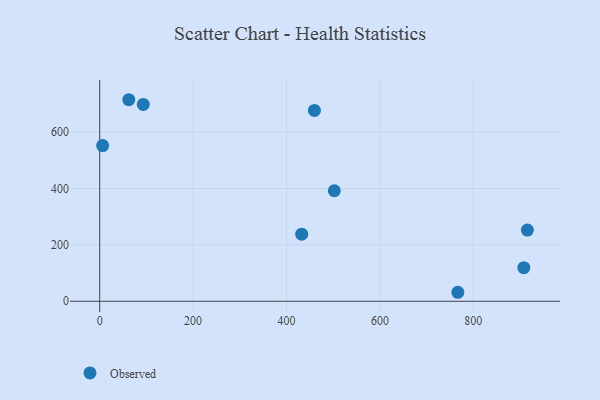
{"axis": {"x": "Investment", "y": "Exam Score"}, "legend": ["Observed"], "data": [{"x": "459.8", "y": 677.2, "type": "Observed"}, {"x": "502.4", "y": 392.1, "type": "Observed"}, {"x": "6.3", "y": 552.2, "type": "Observed"}, {"x": "915.8", "y": 252.5, "type": "Observed"}, {"x": "62.3", "y": 715.0, "type": "Observed"}, {"x": "432.6", "y": 237.9, "type": "Observed"}, {"x": "908.2", "y": 119.3, "type": "Observed"}, {"x": "766.9", "y": 31.9, "type": "Observed"}, {"x": "93.3", "y": 698.5, "type": "Observed"}]}